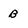
Character: B